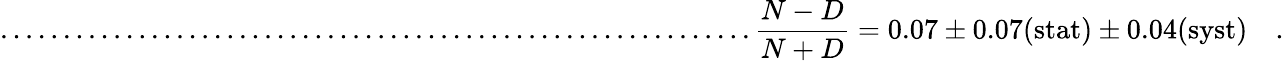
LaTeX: ............................................................\frac{N-D}{N+D}=0.07\pm 0.07(\mathrm{stat})\pm 0.04(\mathrm{syst})\quad.